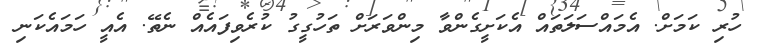
ހުރި ކަމަށް. އެމައްސަލަތައް އެކަށީގެންވާ މިންވަރަށް ތަހުގީގު ކުރެވިފައެއް ނެތޭ. އެއީ ހަމައެކަނި